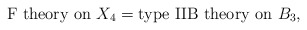
\begin{align*}\mbox{F theory on } X_{4}=\mbox{type IIB theory on } B_{3},\end{align*}